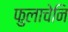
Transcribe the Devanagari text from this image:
फुलाचेनि